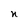
Character: n